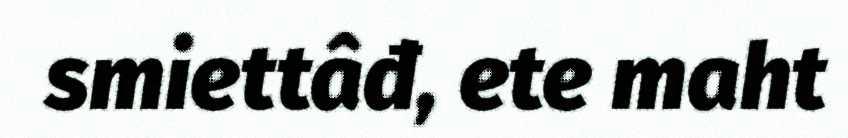
smiettâđ, ete maht